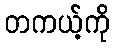
တကယ့်ကို